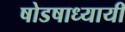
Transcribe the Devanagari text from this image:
षोडषाध्यायी